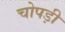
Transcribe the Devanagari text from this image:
चोपड़ी